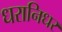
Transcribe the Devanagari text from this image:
धरानिधर